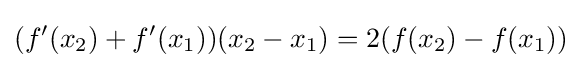
(f'(x_{2})+f'(x_{1}))(x_{2}-x_{1})=2(f(x_{2})-f(x_{1}))